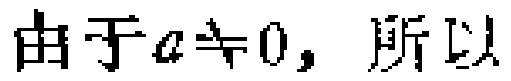
由于\(a\neq 0\)，所以